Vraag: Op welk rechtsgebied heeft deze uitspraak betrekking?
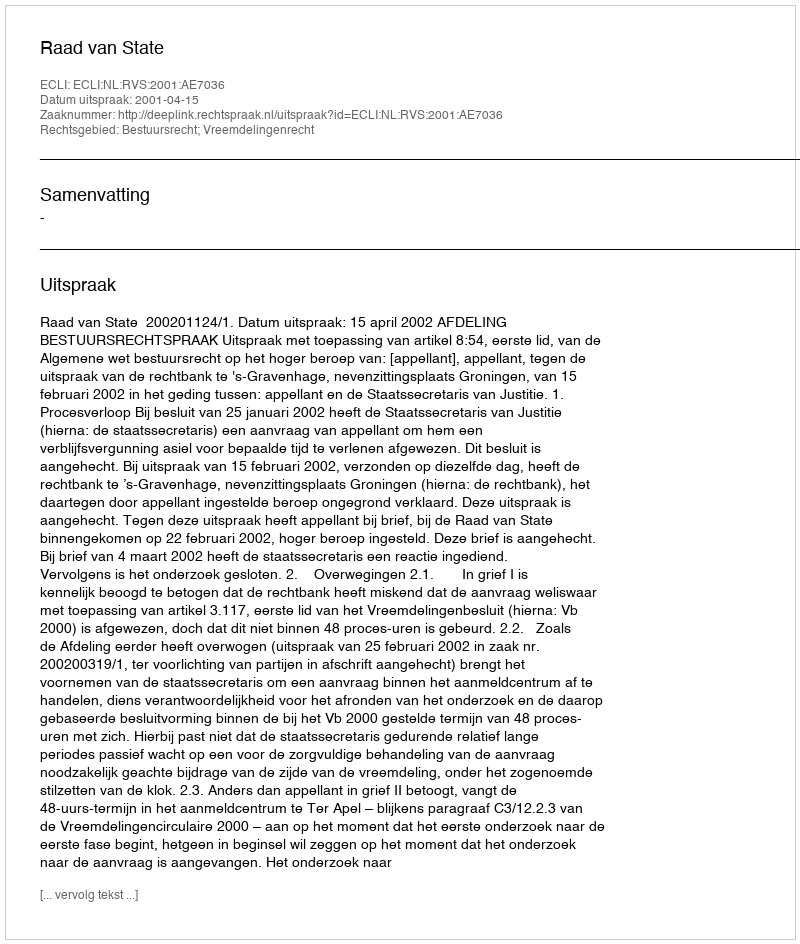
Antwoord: Bestuursrecht; Vreemdelingenrecht